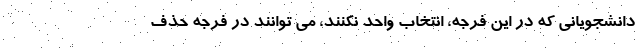
دانشجویانی که در این فرجه، انتخاب واحد نکنند، می توانند در فرجه حذف